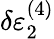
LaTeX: \delta\varepsilon_{2}^{(4)}